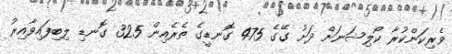
ވެރިކަންކުރާ ކޯލިޝަނަށް ދަށު ގޭގެ 475 ގޮނޑީގެ ތެރެއިން 325 ގޮނޑި ލިިބިފައިވާއިރު